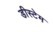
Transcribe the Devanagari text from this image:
डीस्टेम